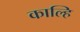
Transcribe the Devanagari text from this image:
काल्हि